Bréfritari: Ragnheiður Daníelsdóttir
Viðtakandi: Daníel Halldórsson
Dagsetning: A-1887-03-24
Skrifað á: Reykjavík  Gull.
Ragnheiður var dóttir Daníels

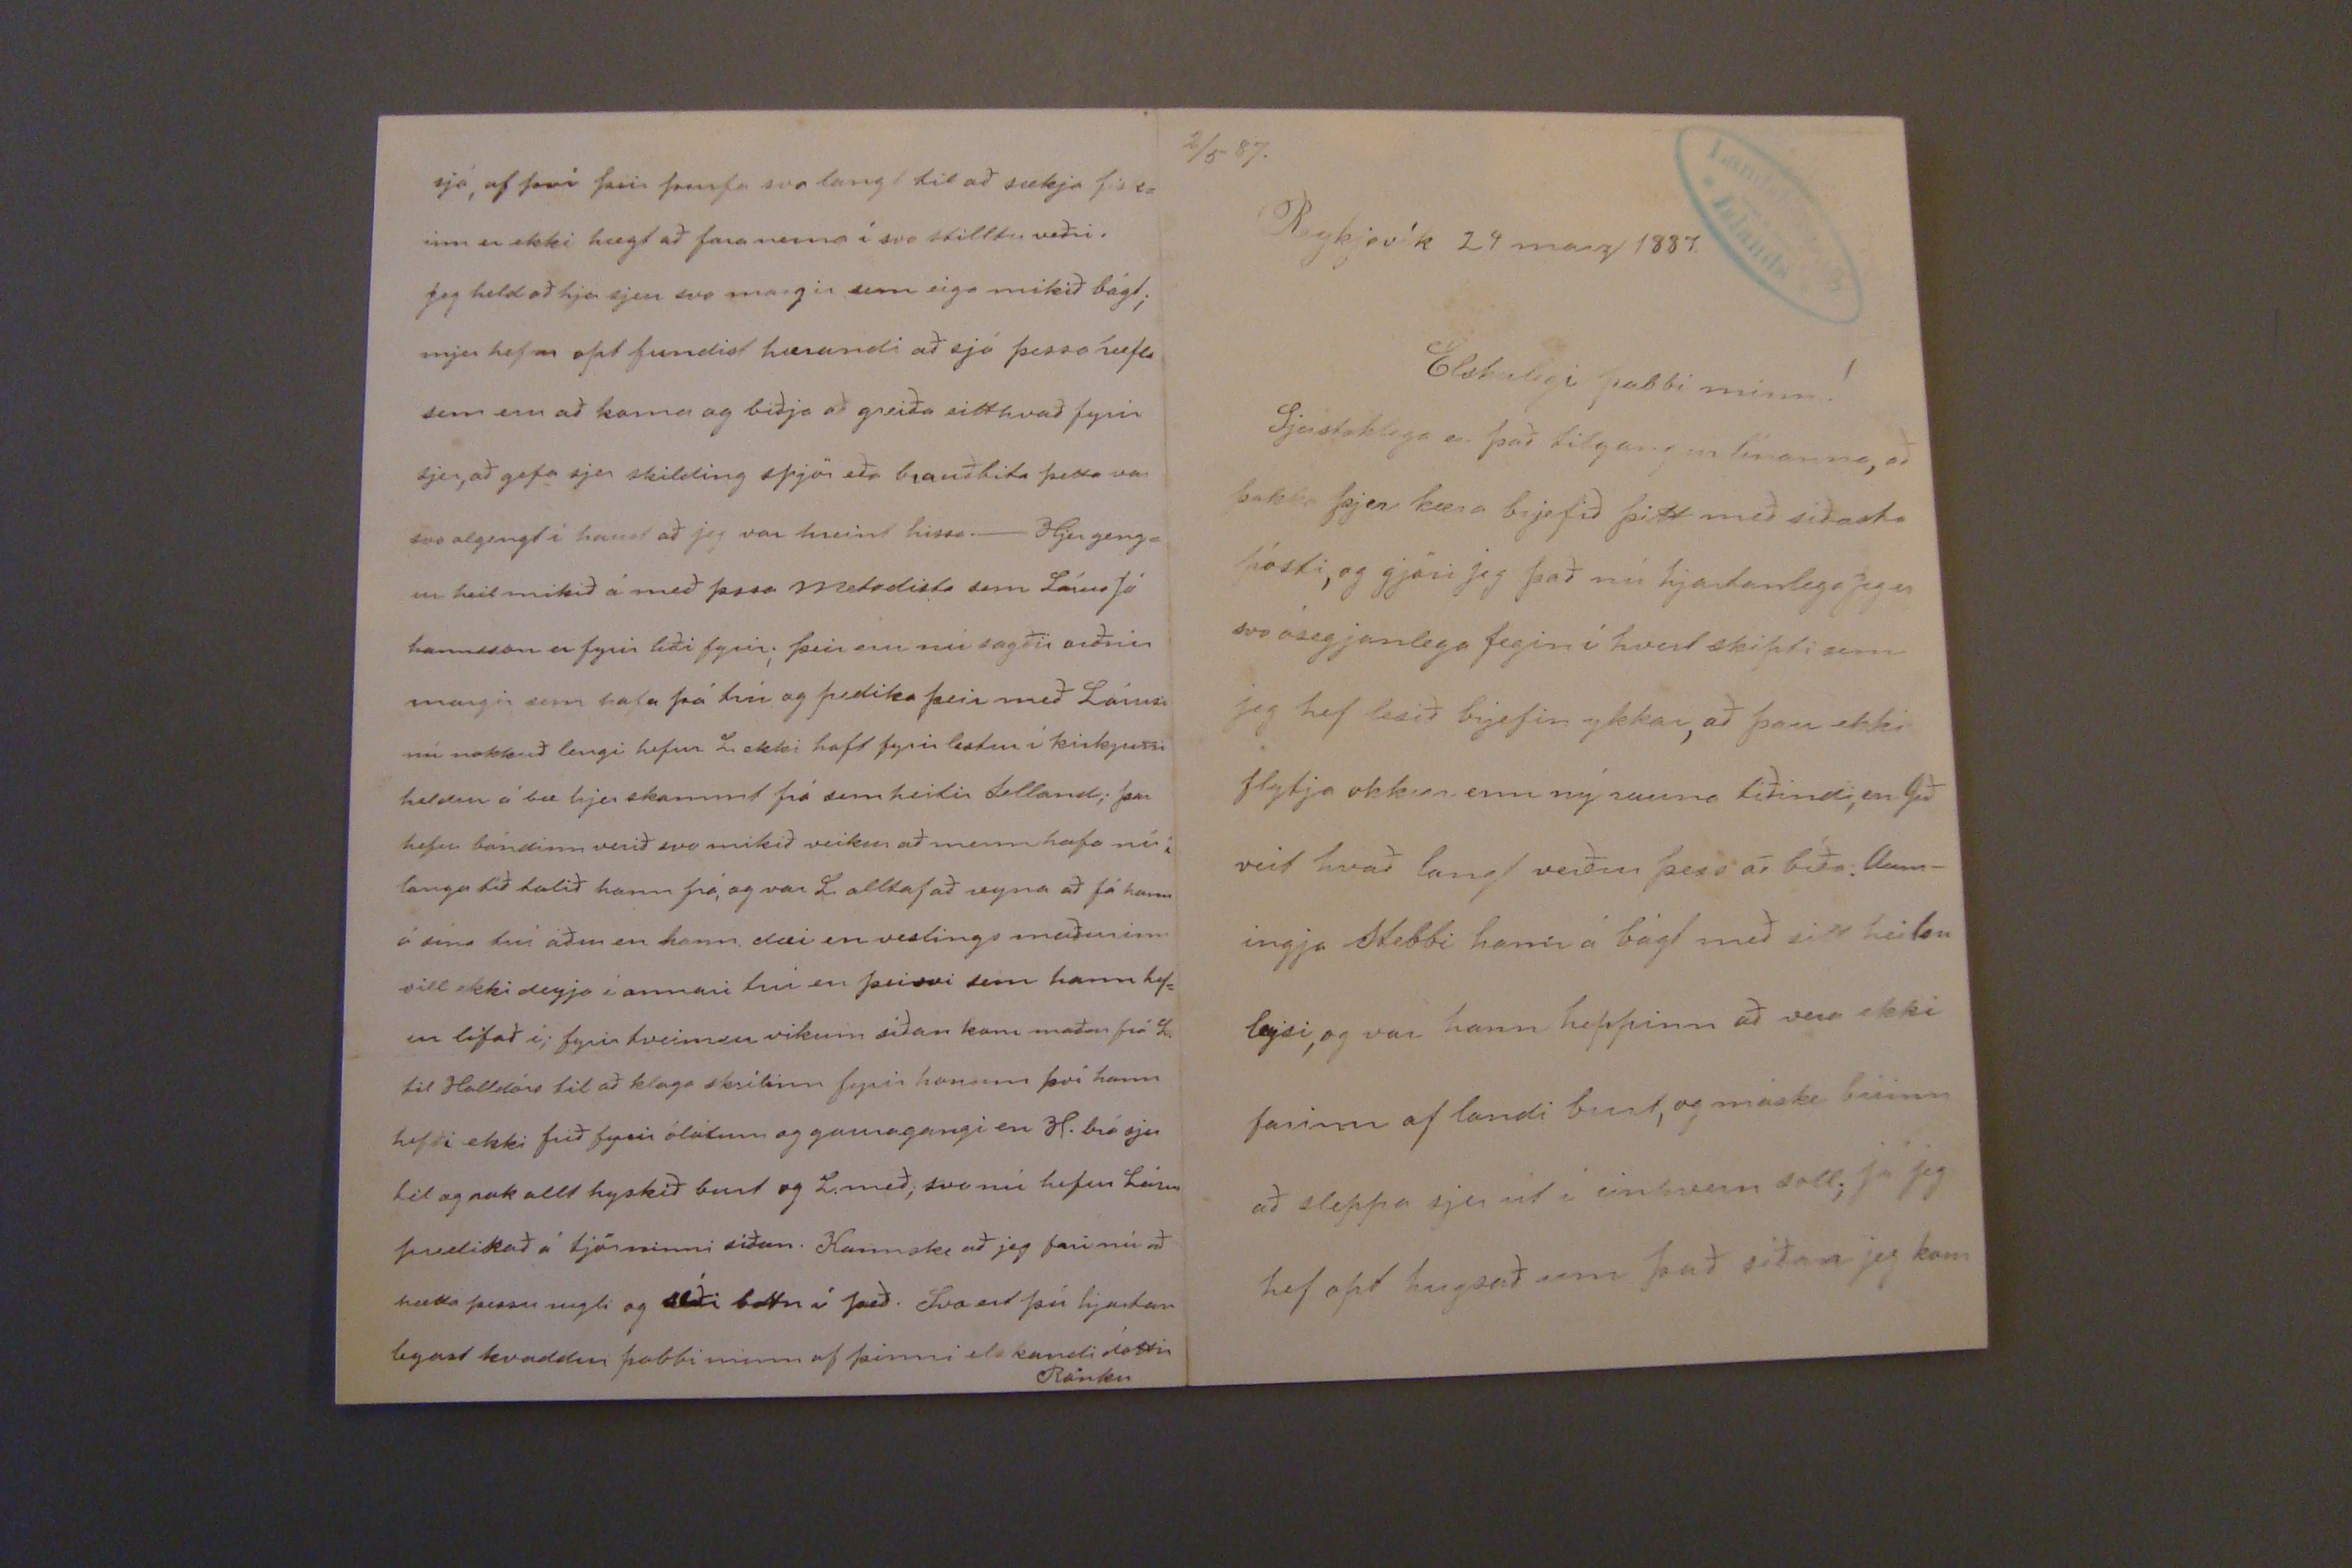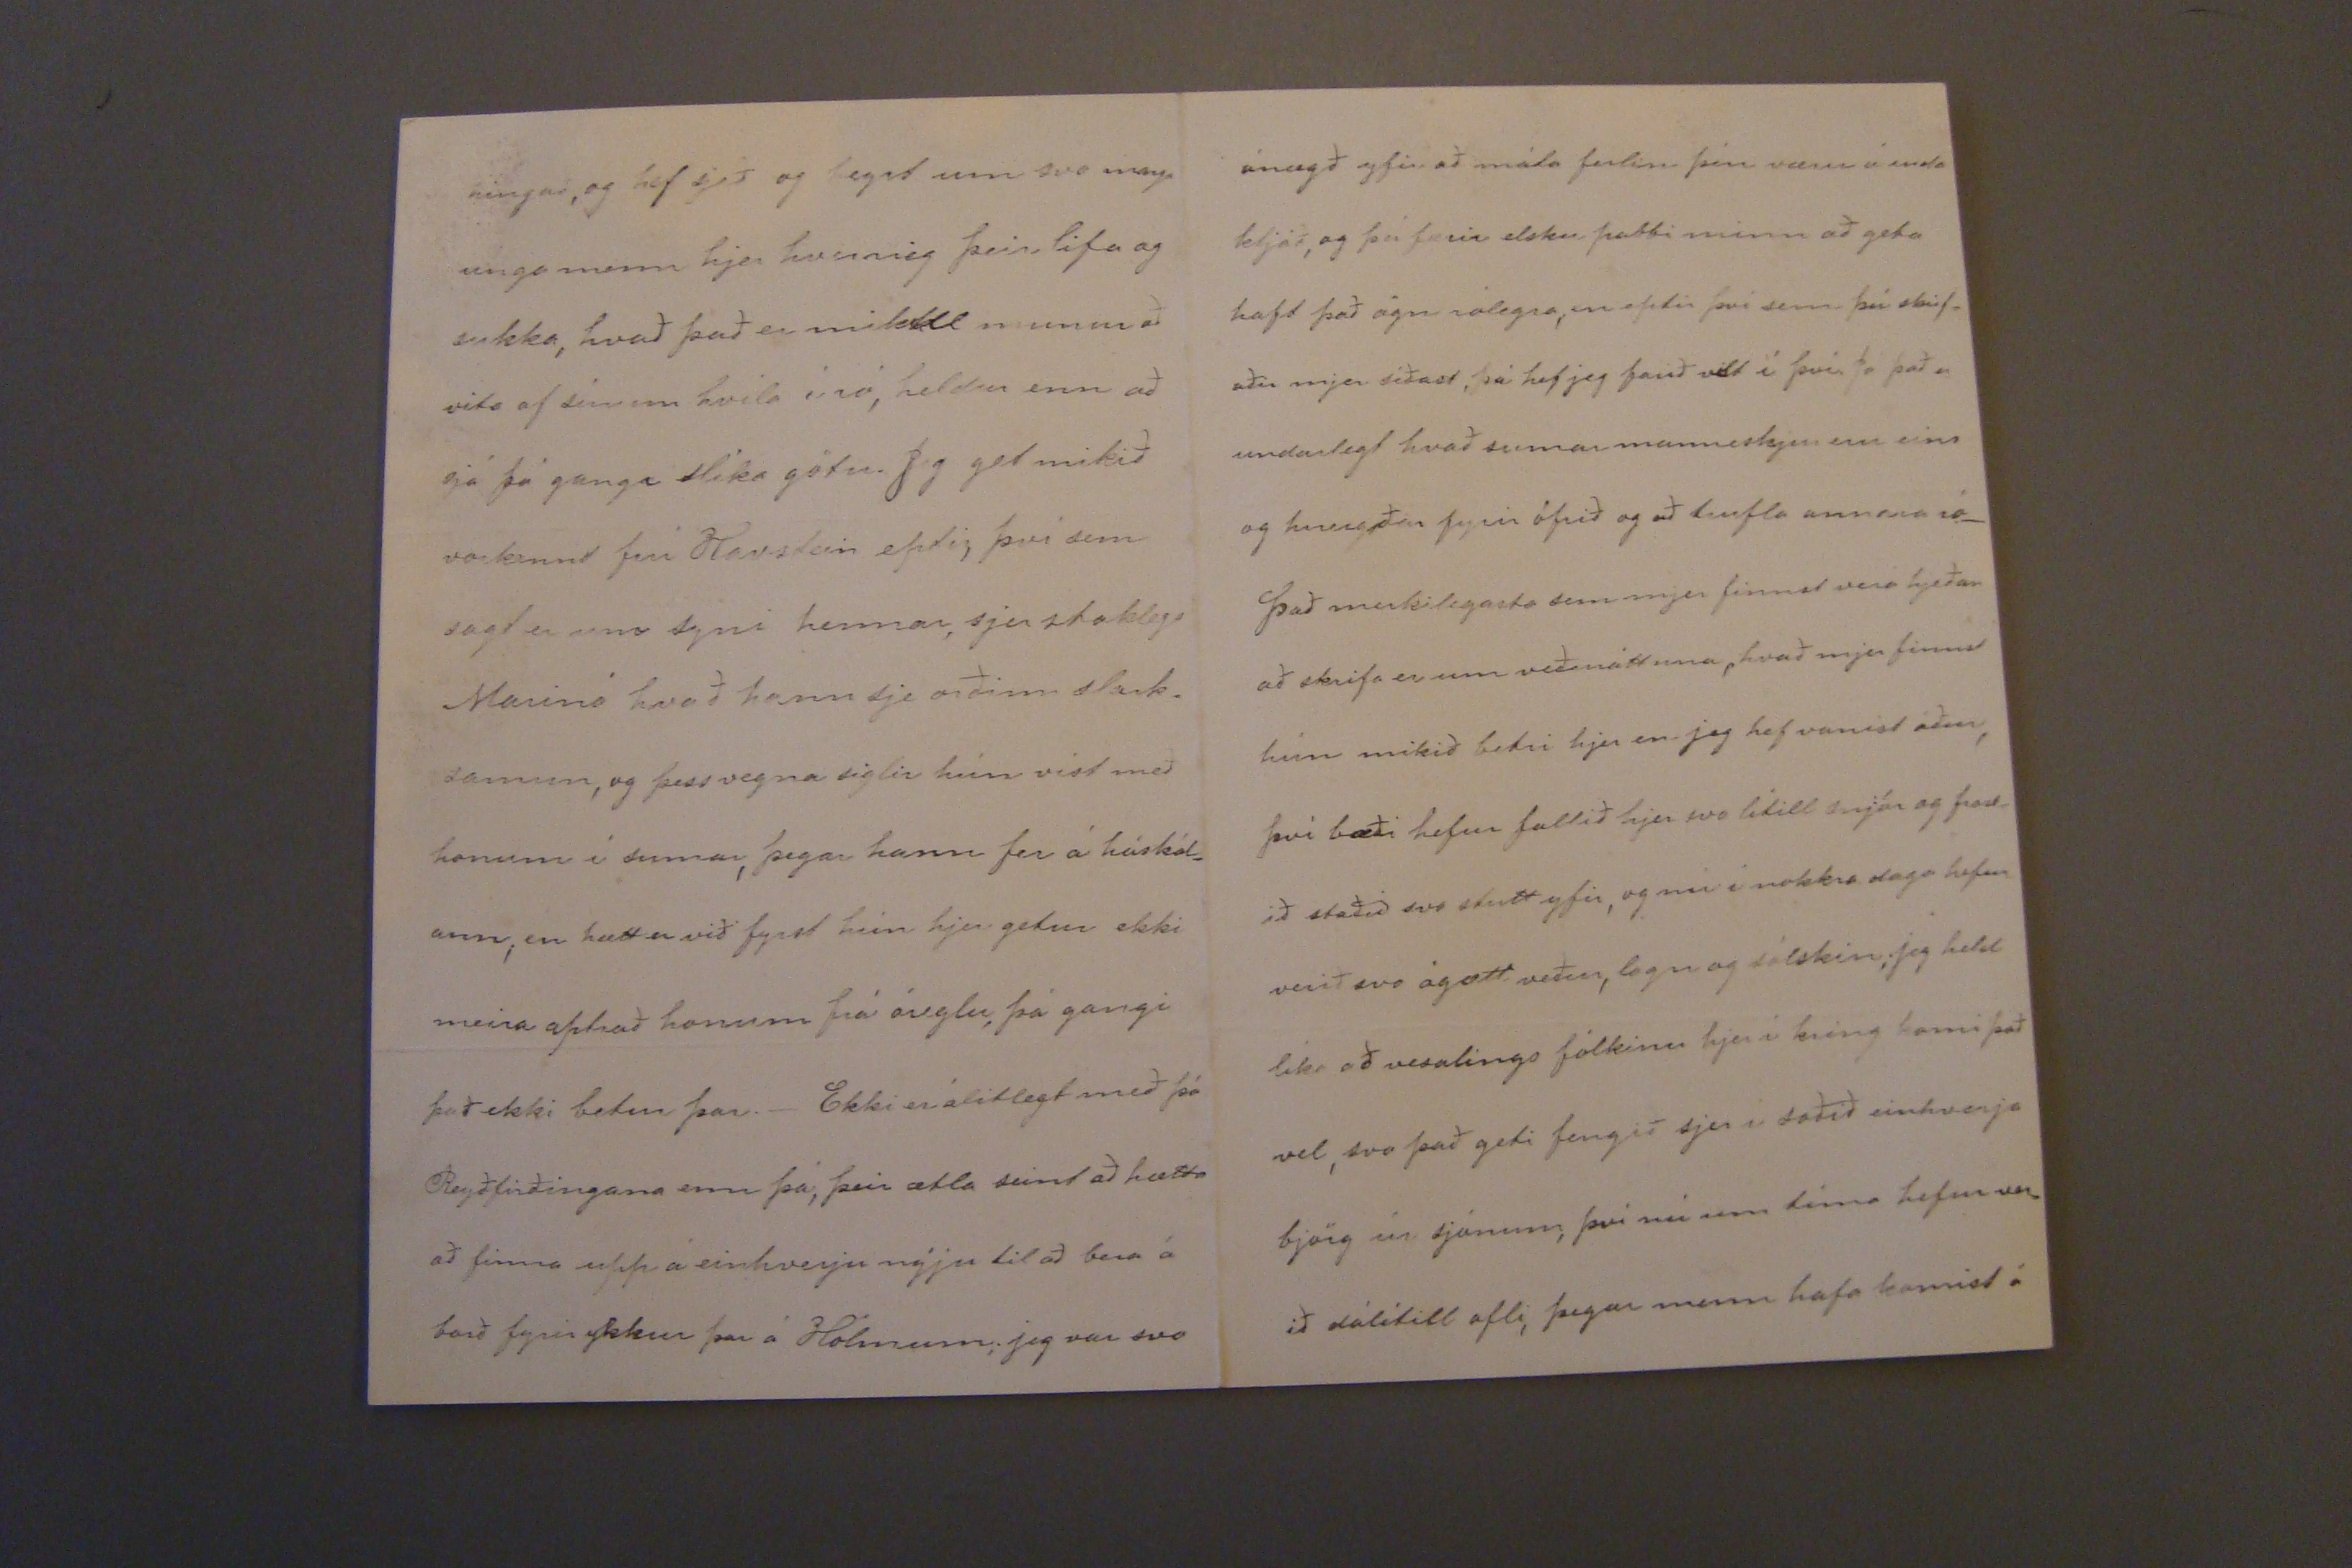

2/5 87.
Reykjavík 24 marz 1887.
Elskulegi pabbi minn!
Sjerstaklega er það tilgangur línanna, að þakka þjer kæra brjefið þitt með síðasta pósti, og gjöri jeg það nú hjartanlega Jeg er svo ósegjanlega fegin í hvert skipti sem jeg hef lesið brjefin ykkar, að þau ekki flytja okkur, enn ný rauna tíðindi, en Guð veit hvað langt verður þess að bíða. Aum- ingja Stebbi hann á bágt með sitt heilsu leysi, og var hann heppinn að vera ekki farinn af landi burt, og máske búinn að sleppa sjer út í einhvern
sall
; já jeg hef opt hugsað um það síðan jeg kom
hingað, og hef sjeð og heyrt um svo marga unga menn hjer hvernig þeir lifa og sukka, hvað það er mikill munur að vita af sínum hvíla í ró, heldur enn að sjá þá ganga slíka götu. Jeg get mikið vorkennt frú Havstein eptir, því sem sagt er um syni hennar, sjerstaklega Marinó hvað hann sje orðinn slark_ samur, og þess vegna siglir hún víst með honum í sumar, þegar hann fer á háskól= ann; en hætt er við fyrst hún hjer getur ekki meira aptrað honum frá óreglu, þá gangi það ekki betur þar._ Ekki er álitlegt með þá Reyðfirðingana enn þá; þeir ætla seint að hætta að finna upp á einhverju nýju til að bera á borð fyrir ykkur þar á Hólmum; jeg var svo
ánægð yfir að mála ferlin þín væru á enda kljáð, og þú færir elsku pabbi minn að geta haft það ögn rólegra, en eptir því sem þú skrif_ aðir mjer síðast, þá hef jeg farið
vest
í því. Já það er undarlegt hvað sumar manneskjur eru eins og
h00gðar
fyrir ófrið og að trufla annara ró._ Það merkilegasta sem mjer finnst vera hjeðan að skrifa er um veðuráttuna, hvað mjer finnst hún mikið betri hjer en jeg hef vanist áður, því bæði hefur fallið hjer svo lítill snjór og frost_ ið staðið svo stutt yfir, og nú í nokkra daga hefur verið svo ágætt veður, logn og sólskin; jeg held líka að vesalings fólkinu hjer í kring komi það vel, svo það geti fengið sjer í soðið einhverja björg úr sjónum, því nú um tíma hefur ver_ ið dálítill afli, þegar menn hafa komist á
sjó, af því þeir þurfa svo langt til að sækja fisk= inn er ekki hægt að fara nema í svo stilltu veðri. Jeg held að hjer sjeu svo margir sem eiga mikið bágt; mjer hefur opt fundist
h00randi
að sjá þessa
ræfla
sem eru að koma og biðja að greiða eitthvað fyrir sjer, að gefa sjer skilding spjör eða brauðbita þetta var svo algengt í haust að jeg var hreint hissa._ Hjer geng= ur heit mikið á með þ
ssa Met0dicta
sem Lárus Jó hanneson er fyrir liði fyrir; þeir eru nú sagðir orðnir margir sem hafa þá trú og predika þeir með Lárusi nú nokkuð lengi hefur L. ekki haft fyrir lestur í kirkjuni heldur á bæ hjer skammt frá sem heitir
Lelland;
þar hefur bóndinn verið svo mikið veikur að menn hafa nú; langa tíð talið hann frá, og var L. alltaf að reyna að fá hann á sína trú áður en hann dæi en veslings maðurinn vill ekki deyja í annari trú en þeirri sem hann hef= ur lifað í; fyrir tveimur vikum síðan kom maður frá L. til Halldórs til að klaga
skrílinn
fyrir honum því hann hefði ekki frið fyrir ólátum og gauragangi en H. brá sjer til og rak allt hyskið burt og L. með; svo nú hefur Lárus predikað á tjörninni síðan. Kannske að jeg fari nú að hætta þessu rugli og
slái botn
í það. Svo ert þú hjartan legast kvaddur pabbi minn af þinni elskandi dóttir
Rönku